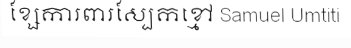
ខ្សែការពារស្បែកខ្មៅ Samuel Umtiti